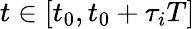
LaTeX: t\in[t_{0},t_{0}+\tau_{i}T]